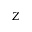
Z